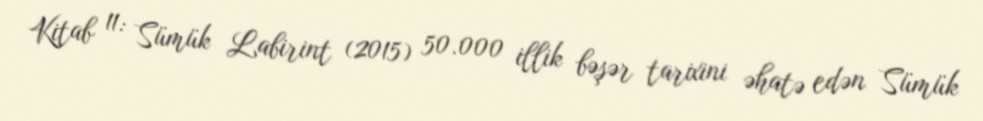
Kitab 11: Sümük Labirint (2015) 50.000 illik bəşər tarixini əhatə edən Sümük